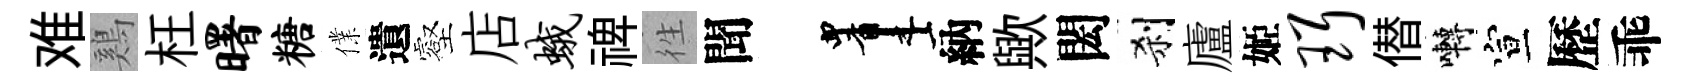
难鷄枉曙糖㒒遺壑店蛾禆徃聞画納歟閎刹廬姬珥僣囀宣歷乖